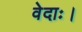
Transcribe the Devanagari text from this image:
वेदाः।